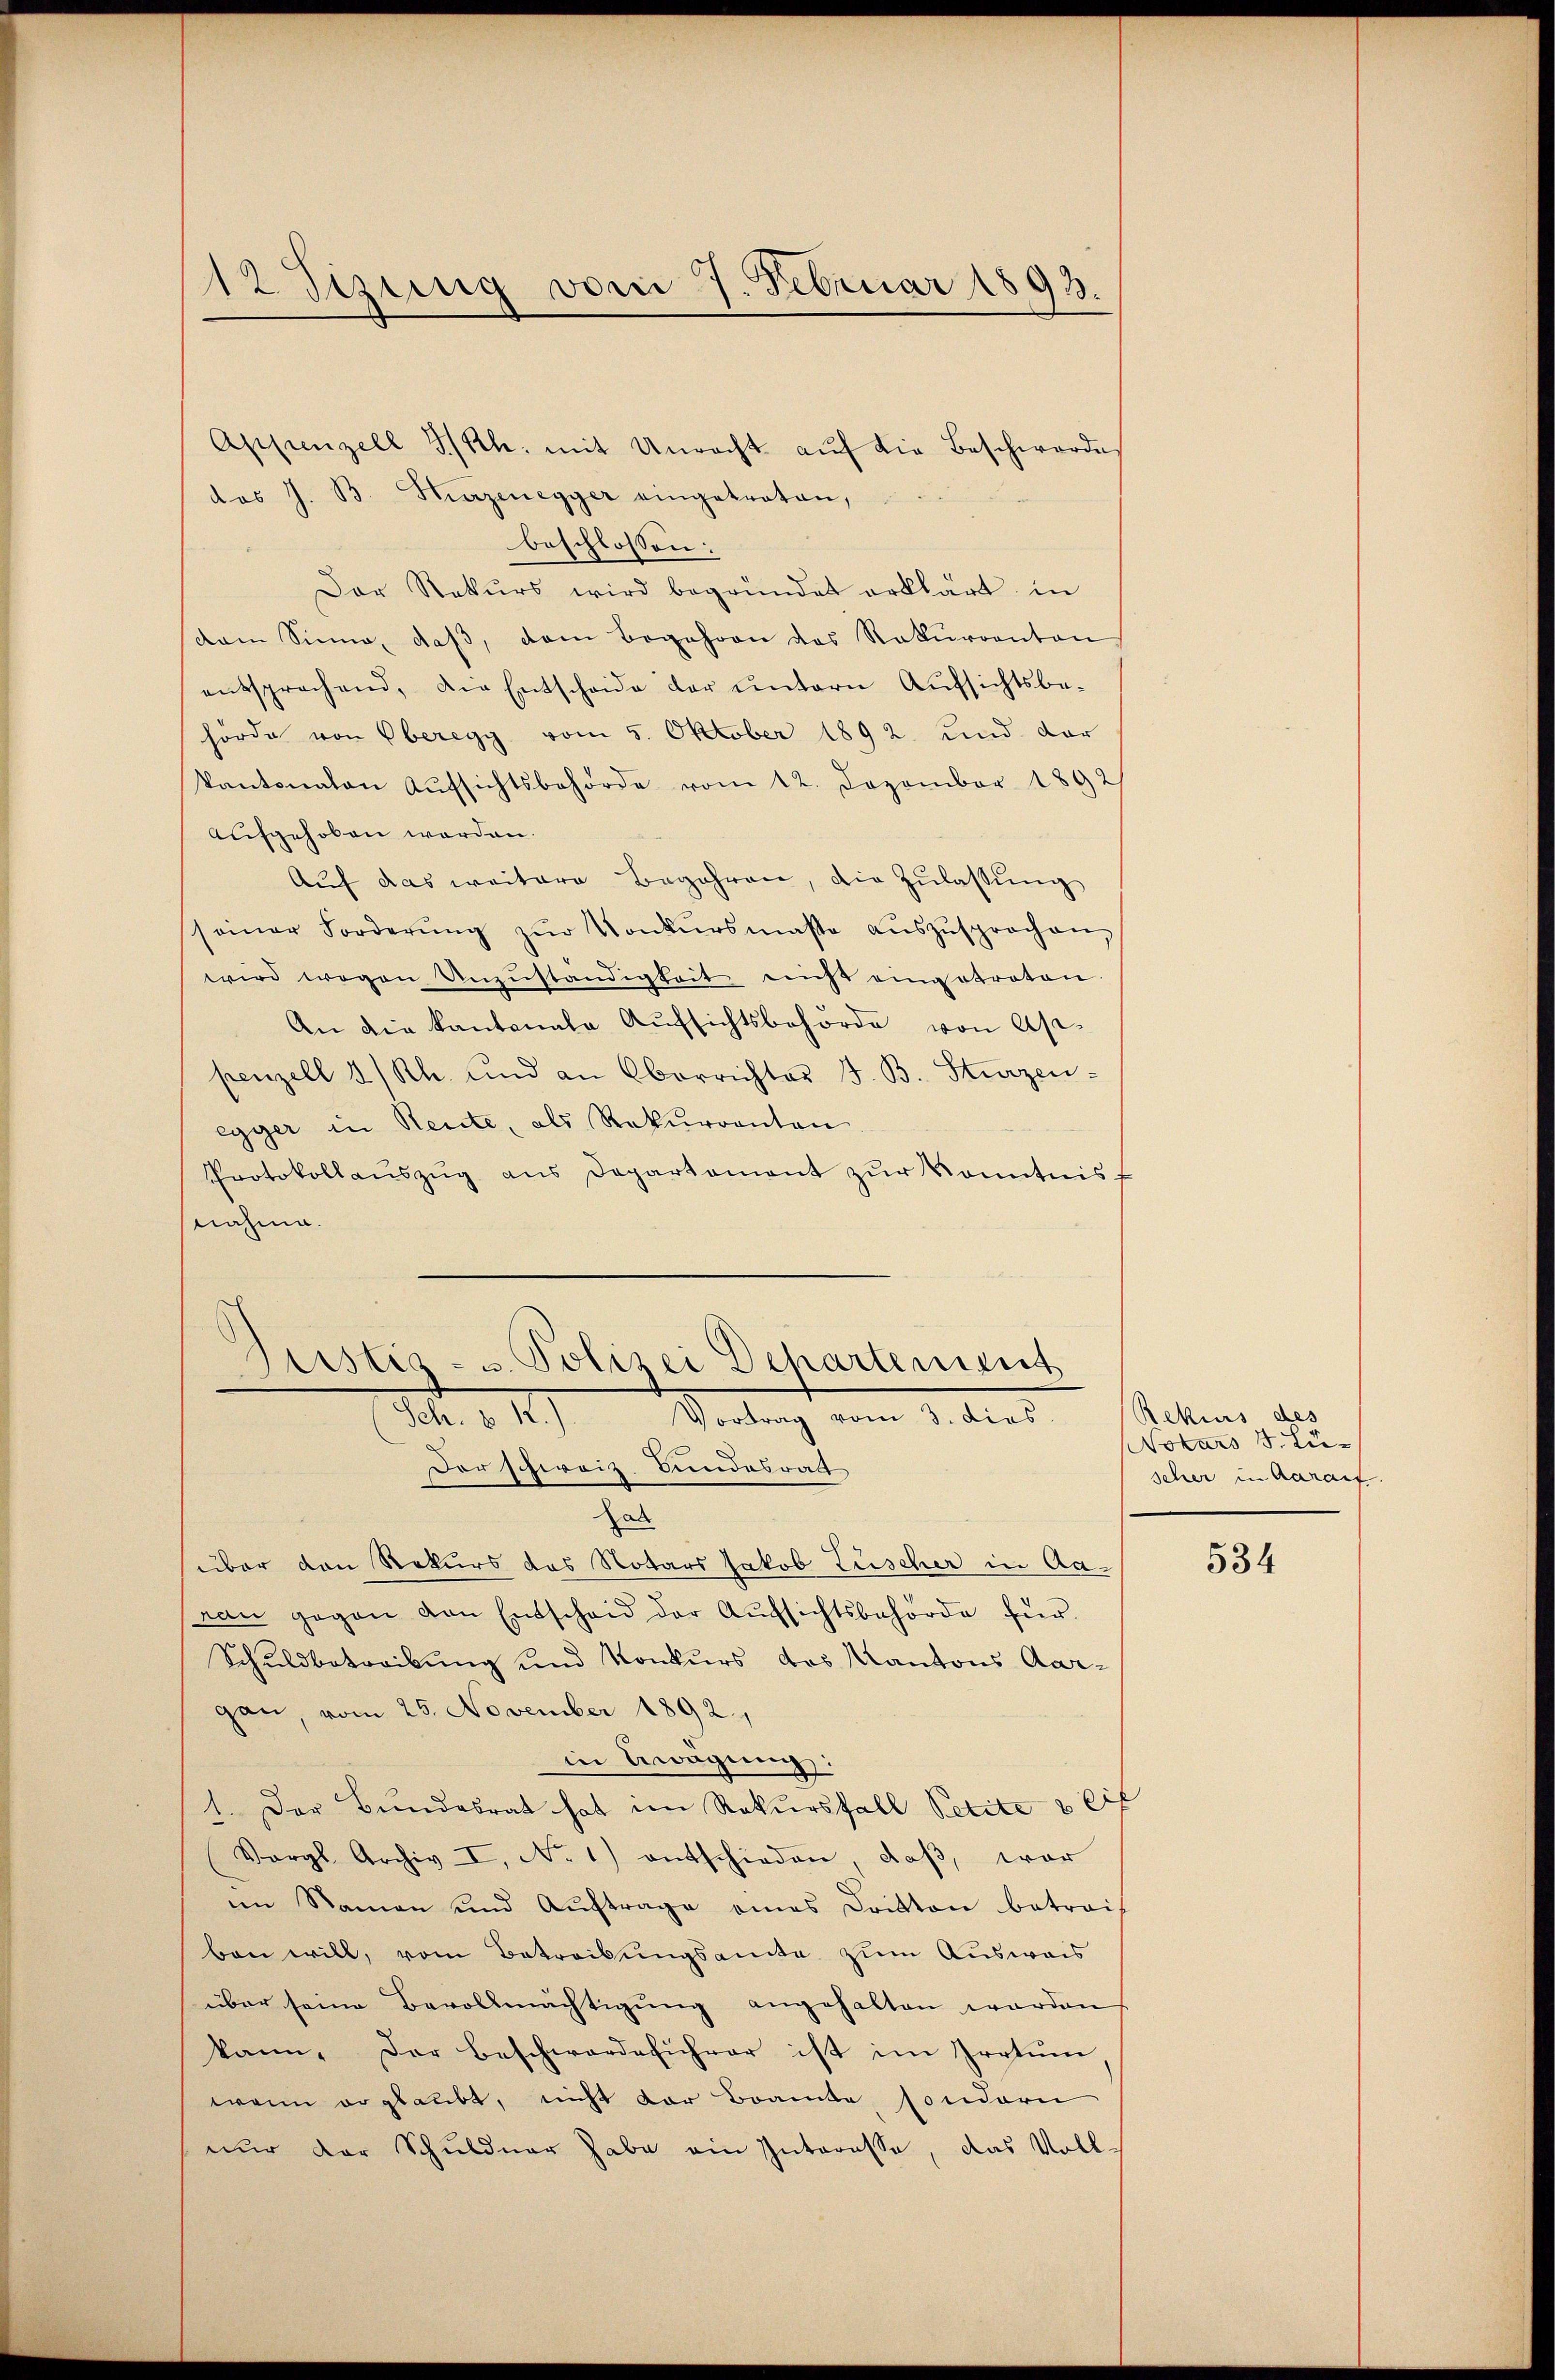
12 Sizung vom 7. Februar 1893.

Appenzell I/Rh. mit Unrecht aŭf die Beschwerde
das J. B. Herzenegger eingetreten,
beschlossen:
Der Rekŭrs wird begründet erklärt in
dam Sinne, daβ, dem Begehren das Rekurrenton
entsprechend, die Entscheide der untern Aufsichtsbehörde von Oberegg vom 5. Oktober 1892 und dar
Kantonaten Aŭfsichtsbehörde vom 12. Dezember 1892
aufgehoben werden.
Auf das weitere Begehren, die Zulassŭng
samer Forderŭng zŭr Konkŭrsmasse aŭszŭsprochen,
wird wogen Unzŭständigkeit nicht eingetreten.
An die Kantonale Aufsichtsbehörde von Asi-
penzell I/Rh. und an Oberrichter J. B. Sturzen-
egger in Rente, als Rekurrenten
Protokollaŭszŭg ans Departament zŭr Konntnis f
nahme.
tistiz- u. Polizei Departement

Ich. §. 4.)
Vortrag vom 3. dies
Der schweiz. Bundesrath

Hab
über den Rekurs das Notars Jakob Lüscher in Aaran gegen den Entscheid der Aufsichtsbehörde für
Schuldbetreibung und Konkurs das Kantons Aar-
gan, vom 25. November 1892,
in Erwägung:
1. Der Bundesrat hat im Rekursfall Petite 8 Eif
Vergl. Archiv I, No 1) entschieden, daβ, war
im Namen und Aŭftrage eines Dritten betreif
ben will, vom Betreibungsamte zum Ausweis
über seine Bevollmächtigŭng angehalten werden,
kann. Der Beschwerdeführer ist im Irrtum
wenn er glaubt, nicht der Beamte, sondern
nur der Schuldner habe ein Interesse, das Voll-

Rekurs des
Notars J. Lu-
scher in Aarauf.

534